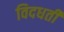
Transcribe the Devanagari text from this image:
विदधतीं